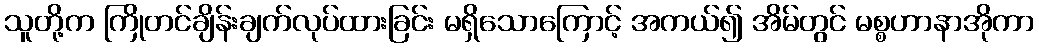
သူတို့က ကြိုတင်ချိန်းချက်လုပ်ထားခြင်း မရှိသောကြောင့် အကယ်၍ အိမ်တွင် မစ္စဟာနာအိုကာ